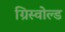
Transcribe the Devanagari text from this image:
ग्रिस्वोल्ड